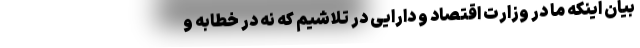
بیان اینکه ما در وزارت اقتصاد و دارایی در تلاشیم که نه در خطابه و